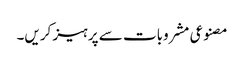
مصنوعی مشروبات سے پرہیز کریں۔